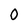
Character: O